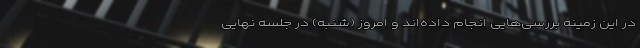
در این زمینه بررسی‌هایی انجام داده‌اند و امروز (شنبه) در جلسه نهایی